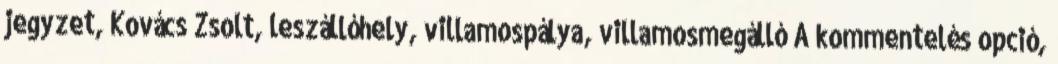
jegyzet, Kovács Zsolt, leszállóhely, villamospálya, villamos­megálló A kommentelés opció,